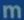
m